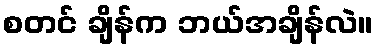
စတင် ချိန်က ဘယ်အချိန်လဲ။